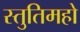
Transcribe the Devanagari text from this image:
स्तुतिमहो